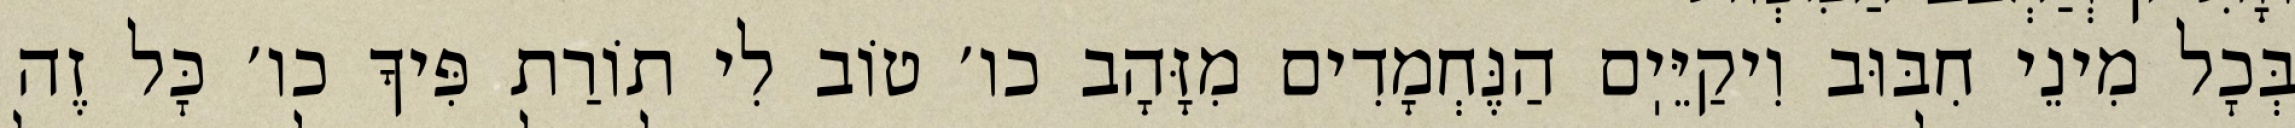
בְּכׇל מִינֵי חִבּוּב וִיקַיֵּיֽם הַנֶּחְמָדִים מִזָּהָב כו׳ טוֹב לִי תוֹרַת פִּיךָ כו׳ כׇּל זֶה